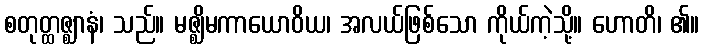
စတုတ္ထဇ္ဈာနံ၊ သည်။ မဇ္ဈိမကာယောဝိယ၊ အလယ်ဖြစ်သော ကိုယ်ကဲ့သို့။ ဟောတိ၊ ၏။